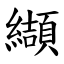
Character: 纈